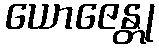
ယောဇေန္တု